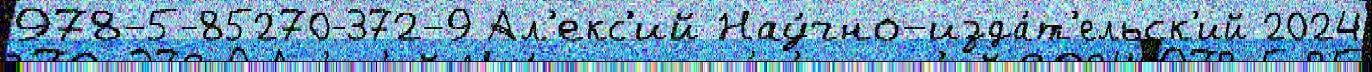
978-5-85270-372-9 Ал'екс'ий Нау́чно-изда́т'ельск'ий 2024